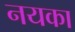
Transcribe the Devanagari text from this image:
नयका